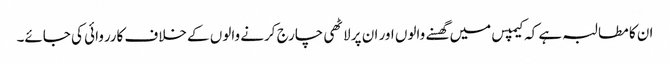
ان کا مطالبہ ہے کہ کیمپس میں گھسنے والوں اور ان پر لاٹھی چارج کرنے والوں کے خلاف کارروائی کی جائے۔